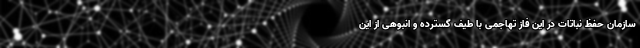
سازمان حفظ نباتات در این فاز تهاجمی با طیف گسترده و انبوهی از این